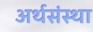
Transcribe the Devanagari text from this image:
अर्थसंस्था